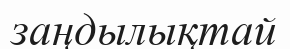
заңдылықтай